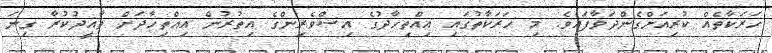
ހަރަކާތެއް ކުރިއަށްގެންދަވާފައެވެ. މި ހަރަކާތުގައި އިއްތިހާދުގެ އިސްވެރިންގެ އިތުރުން އިއްތިހާދަށް ތާއީދުކުރާ ގިނަ